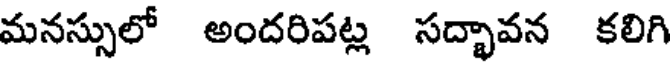
మనస్సులో అందరిపట్ల సద్భావన కలిగి